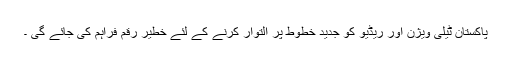
پاکستان ٹیلی ویژن اور ریڈیو کو جدید خطوط پر التوار کرنے کے لئے خطیر رقم فراہم کی جائے گی ۔